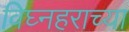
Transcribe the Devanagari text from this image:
विघ्नहराच्या